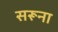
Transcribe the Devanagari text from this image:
सरूना